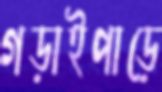
গড়াইপাড়ে